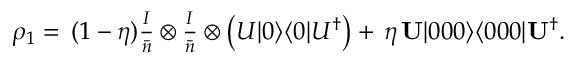
\begin{array} { r } { \rho _ { 1 } = \, ( 1 - \eta ) \frac { I } { \bar { n } } \otimes \frac { I } { \bar { n } } \otimes \left( U | 0 \rangle \langle 0 | U ^ { \dag } \right) + \, \eta \, { \bf U } | 0 0 0 \rangle \langle 0 0 0 | { \bf U } ^ { \dag } . } \end{array}